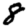
Digit: 8